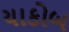
યાકોબ